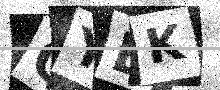
Text: QYBK